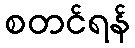
စတင်ရန်